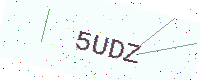
Text: 5UDZ